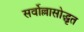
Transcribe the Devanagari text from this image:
सर्वोल्लासोद्धृत